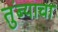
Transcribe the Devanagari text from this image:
तुंब्याचा